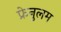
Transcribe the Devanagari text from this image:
फ्रेनुलम